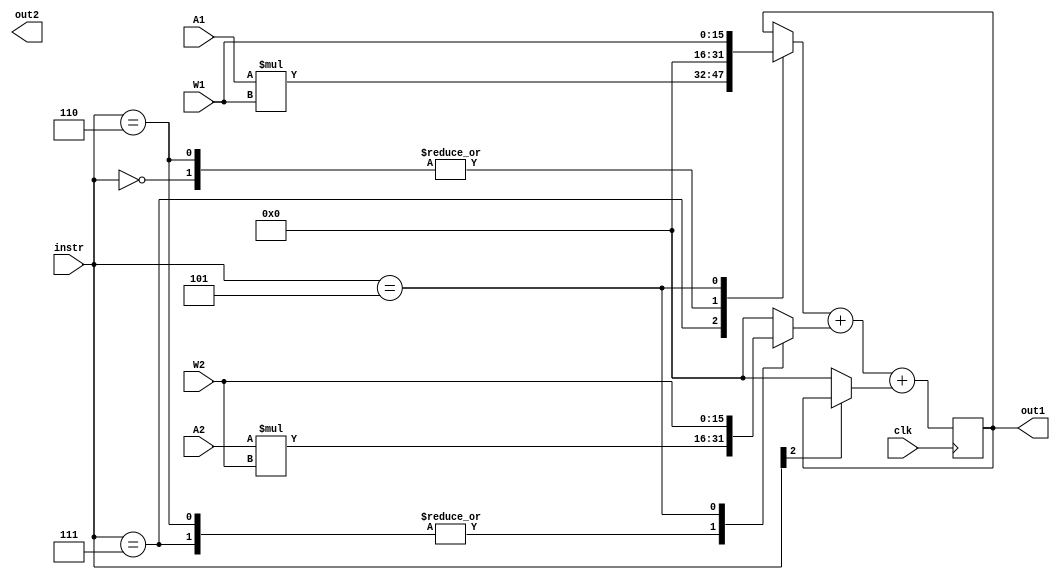
module CompUnit #(
    parameter value_width = 16
) (
    input wire clk,
    input wire [2:0] instr,
    input wire [value_width-1:0] A1,
    input wire [value_width-1:0] A2,
    input wire [value_width-1:0] W1,
    input wire [value_width-1:0] W2,

    output reg [value_width-1:0] out1,
    output reg [value_width-1:0] out2
);

localparam clear = 3'b000; 
localparam mult_acc_A1_W1_A2_W2 = 3'b111;


reg [value_width*2-1:0] _mult_result1;
reg [value_width*2-1:0] _mult_result2;
reg [value_width*2-1:0] _sum_result; 

always @(*) begin
    casex (instr) 

        3'b000: begin
            _mult_result1 = 0;
            _mult_result2 = 0;
        end
            
        3'b111: begin 
            _mult_result1 = A1 * W1;
            _mult_result2 = A2 * W2;
        end

        3'b110: begin
            _mult_result1 = 0;
            _mult_result2 = A2 * W2; 
        end

        3'b101: begin
            _mult_result1 = {16'b0, W1};
            _mult_result2 = {16'b0, W2};
        end

        default: begin
            _mult_result1 = out1;
            _mult_result2 = 0; 
        end 

    endcase

    _sum_result = _mult_result1 + _mult_result2 + (instr[2]? out1: 0); 
end


always @(posedge clk) begin
    out1 <= _sum_result; 
end

endmodule